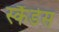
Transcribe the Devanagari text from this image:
स्कैंडेस